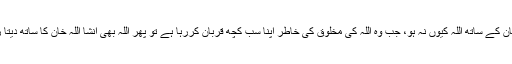
عمران خان کے ساتھ اللہ کیوں نہ ہو، جب وہ اللہ کی مخلوق کی خاطر اپنا سب کچھ قربان کررہا ہے تو پھر اللہ بھی انشا اللہ خان کا ساتھ دیتا رھے گا!